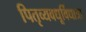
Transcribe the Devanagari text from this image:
पितृव्यवधूर्विधात्रा